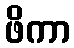
ဖိကာ